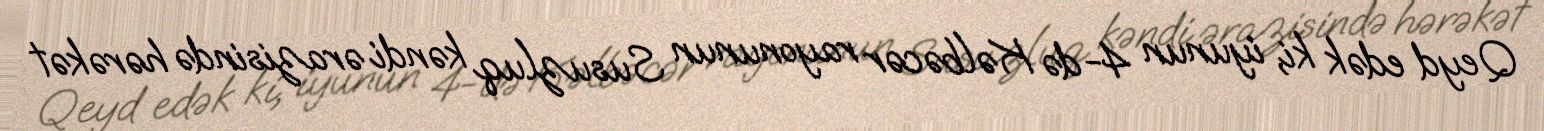
Qeyd edək ki, iyunun 4-də Kəlbəcər rayonunun Susuzluq kəndi ərazisində hərəkət